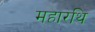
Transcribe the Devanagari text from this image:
महारथि